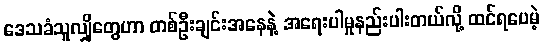
ဒေသခံသူလျှိုတွေဟာ တစ်ဦးချင်းအနေနဲ့ အရေးပါမှုနည်းပါးတယ်လို့ ထင်ရပေမဲ့